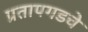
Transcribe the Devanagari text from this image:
प्रतापगडचे